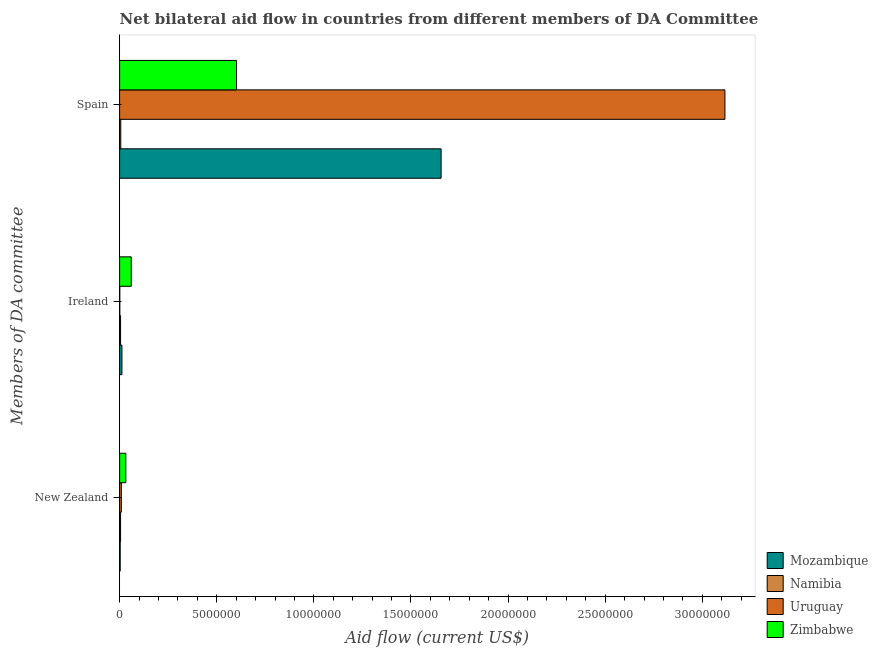
| Members of DA committee | Mozambique | Namibia | Uruguay | Zimbabwe |
 | --- | --- | --- | --- | --- |
 | New Zealand | 3e+04 | 5e+04 | 9e+04 | 3.2e+05 |
 | Ireland | 1.2e+05 | 5e+04 | 1e+04 | 6e+05 |
 | Spain | 1.66e+07 | 6e+04 | 3.12e+07 | 6.02e+06 |